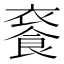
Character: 𩛚